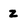
Character: z